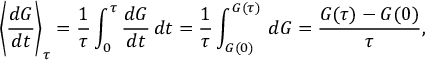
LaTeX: \left\langle { \frac { d G } { d t } } \right\rangle _ { \tau } = { \frac { 1 } { \tau } } \int _ { 0 } ^ { \tau } { \frac { d G } { d t } } \, d t = { \frac { 1 } { \tau } } \int _ { G ( 0 ) } ^ { G ( \tau ) } \, d G = { \frac { G ( \tau ) - G ( 0 ) } { \tau } } ,